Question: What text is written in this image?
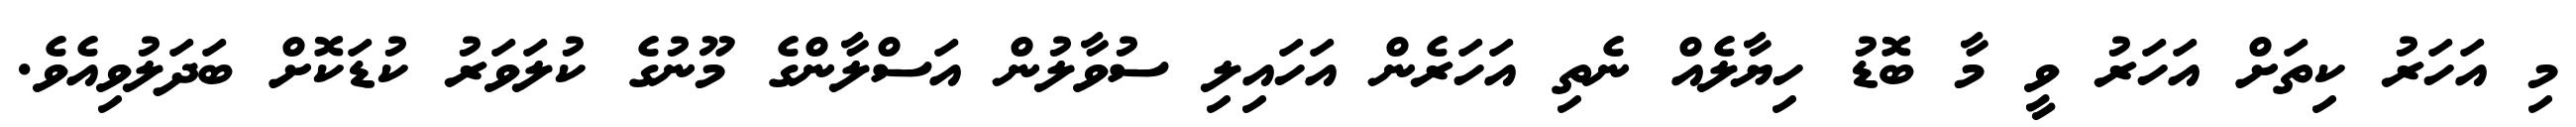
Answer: މި އަހަރު ކިތަށް އަހަރު ވީ މާ ބޮޑު ހިޔާލެއް ނެތި އަހަރެން އަހައިލި ސުވާލުން އަސްލާންގެ މޫނުގެ ކުލަވަރު ކުޑަކޮށް ބަދަލުވިއެވެ.